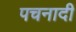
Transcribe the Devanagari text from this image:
पचनादी